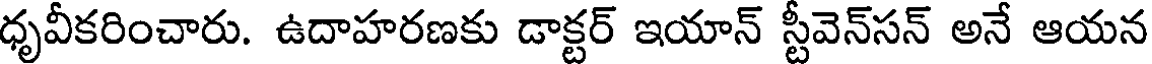
ధృవీకరించారు. ఉదాహరణకు డాక్టర్ ఇయాన్ స్టీవెన్సన్ అనే ఆయన